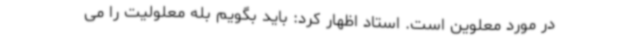
در مورد معلوین است. استاد اظهار کرد: باید بگویم بله معلولیت را می